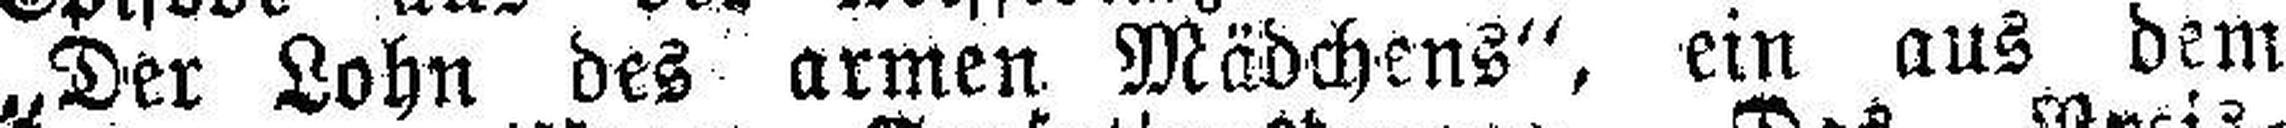
„Der Lohn des armen Mädchens“, ein aus dem